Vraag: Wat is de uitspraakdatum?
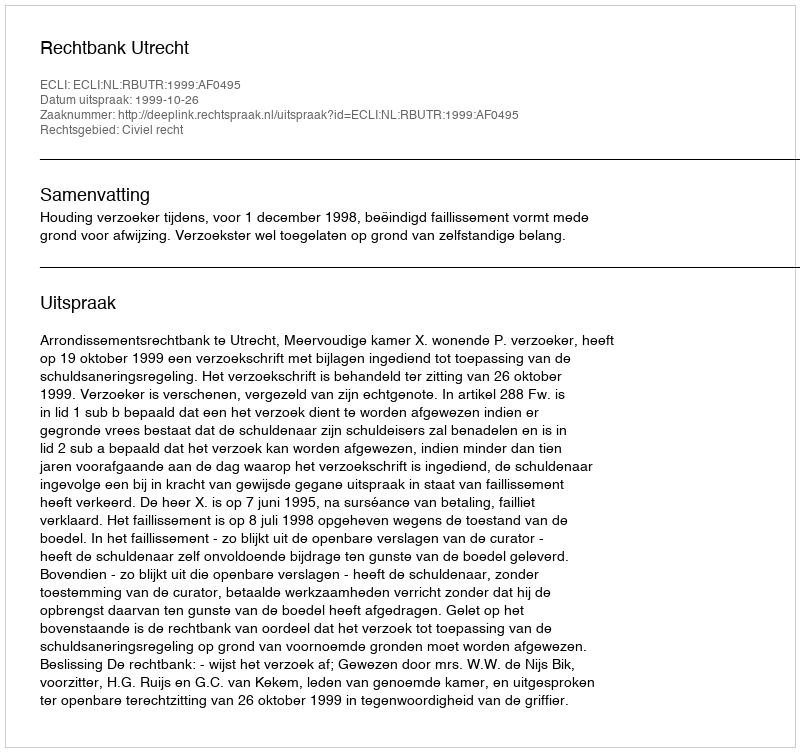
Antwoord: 1999-10-26